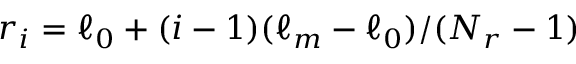
r _ { i } = \ell _ { 0 } + ( i - 1 ) ( \ell _ { m } - \ell _ { 0 } ) / ( N _ { r } - 1 )